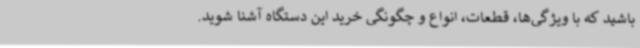
باشید که با ویژگی‌ها، قطعات، انواع و چگونگی خرید این دستگاه آشنا شوید.